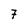
Character: 7